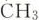
CH _{3}|